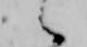
候